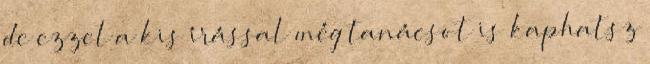
de ezzel a kis írással még tanácsot is kaphatsz